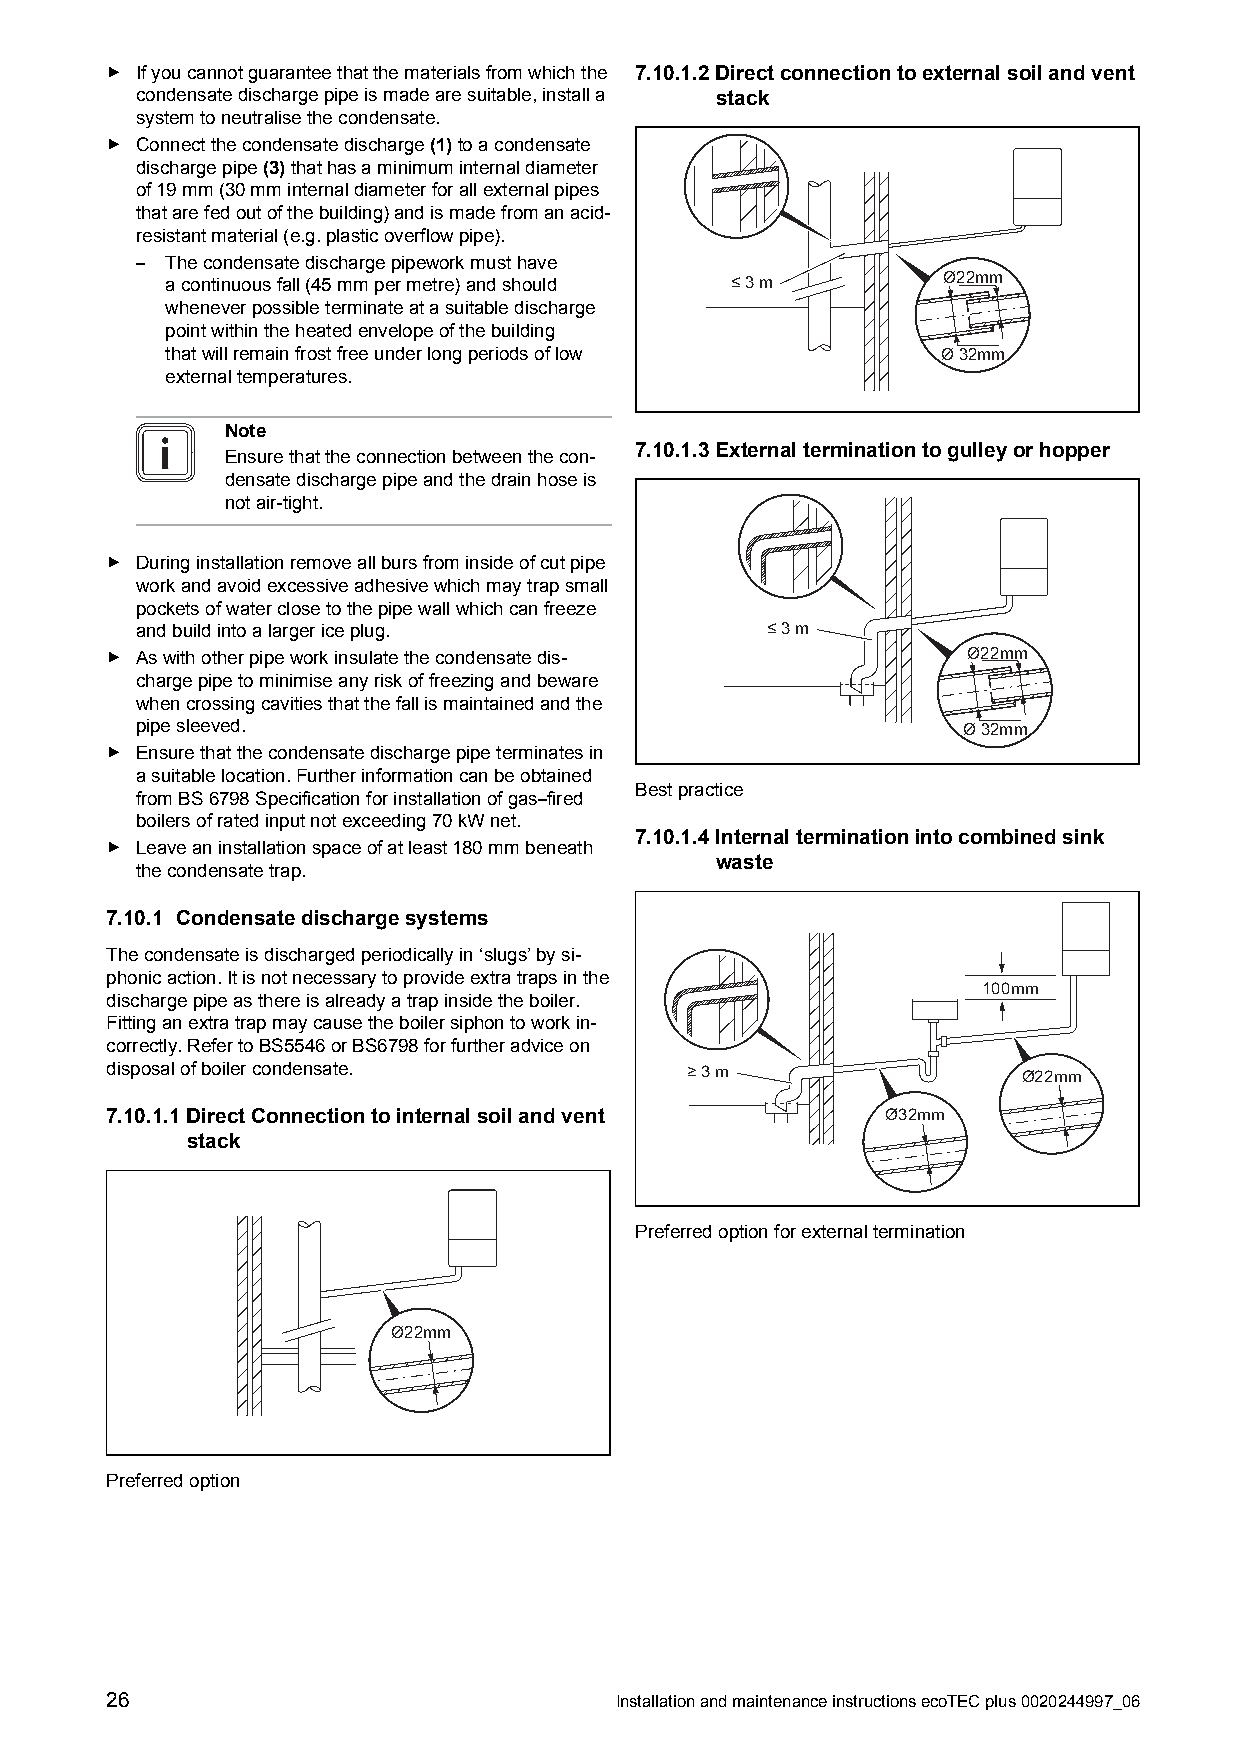
▶ Ifyoucannotguaranteethatthematerialsfromwhichthe 7.10.1.2Directconnectiontoexternalsoilandvent
 condensatedischargepipeismadearesuitable,installa stack
 systemtoneutralisethecondensate.
 ▶ Connectthecondensatedischarge(1)toacondensate
 dischargepipe(3)thathasaminimuminternaldiameter
 of19mm(30mminternaldiameterforallexternalpipes
 thatarefedoutofthebuilding)andismadefromanacid-
 resistantmaterial(e.g.plasticoverflowpipe).
 – Thecondensatedischargepipeworkmusthave
 acontinuousfall(45mmpermetre)andshould ≤ 3 m       Ø22mm
 wheneverpossibleterminateatasuitabledischarge
 pointwithintheheatedenvelopeofthebuilding
 thatwillremainfrostfreeunderlongperiodsoflow       Ø 32mm
 externaltemperatures.
 Note
 7.10.1.3Externalterminationtogulleyorhopper
 Ensurethattheconnectionbetweenthecon-
 densatedischargepipeandthedrainhoseis
 notair-tight.
 ▶ Duringinstallationremoveallbursfrominsideofcutpipe
 workandavoidexcessiveadhesivewhichmaytrapsmall
 pocketsofwaterclosetothepipewallwhichcanfreeze
 andbuildintoalargericeplug.               ≤ 3 m
 ▶ Aswithotherpipeworkinsulatethecondensatedis-           Ø22mm
 chargepipetominimiseanyriskoffreezingandbeware
 whencrossingcavitiesthatthefallismaintainedandthe
 pipesleeved.                                           Ø 32mm
 ▶ Ensurethatthecondensatedischargepipeterminatesin
 asuitablelocation.Furtherinformationcanbeobtained
 Bestpractice
 fromBS6798Specificationforinstallationofgas–fired
 boilersofratedinputnotexceeding70kWnet.
 7.10.1.4Internalterminationintocombinedsink
 ▶ Leaveaninstallationspaceofatleast180mmbeneath
 waste
 thecondensatetrap.
 7.10.1 Condensatedischargesystems
 Thecondensateisdischargedperiodicallyin‘slugs’bysi-
 phonicaction.Itisnotnecessarytoprovideextratrapsinthe
 100mm
 dischargepipeasthereisalreadyatrapinsidetheboiler.
 Fittinganextratrapmaycausetheboilersiphontoworkin-
 correctly.RefertoBS5546orBS6798forfurtheradviceon
 disposalofboilercondensate.           ≥ 3 m                  Ø22mm
 7.10.1.1DirectConnectiontointernalsoilandvent       Ø32mm
 stack
 Preferredoptionforexternaltermination
 Ø22mm
 Preferredoption
 26                                InstallationandmaintenanceinstructionsecoTECplus0020244997_06